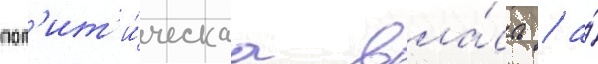
пол'ит'и́ческаа вла́сть / а́